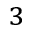
_ 3